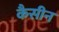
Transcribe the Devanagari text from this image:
कैसीन